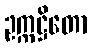
ဥက္ကဋ္ဌိတော